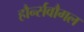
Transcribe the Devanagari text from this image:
हौर्न्सवौगल